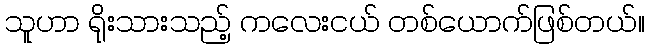
သူဟာ ရိုးသားသည့် ကလေးငယ် တစ်ယောက်ဖြစ်တယ်။